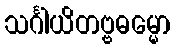
သင်္ဂါယိတဗ္ဗဓမ္မော